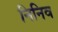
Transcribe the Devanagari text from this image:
निनिव